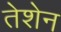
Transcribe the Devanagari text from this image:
तेशेन